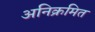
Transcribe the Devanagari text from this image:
अनिक्रमित